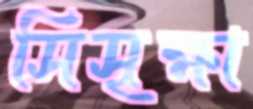
সিসৃক্ষা